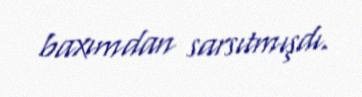
baxımdan sarsıtmışdı.